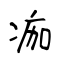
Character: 痂